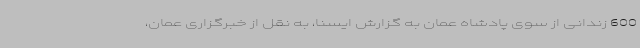
600 زندانی از سوی پادشاه عمان به گزارش ایسنا، به نقل از خبرگزاری عمان،